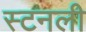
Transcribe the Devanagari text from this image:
स्टनली